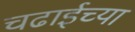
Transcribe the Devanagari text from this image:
चढाईच्या